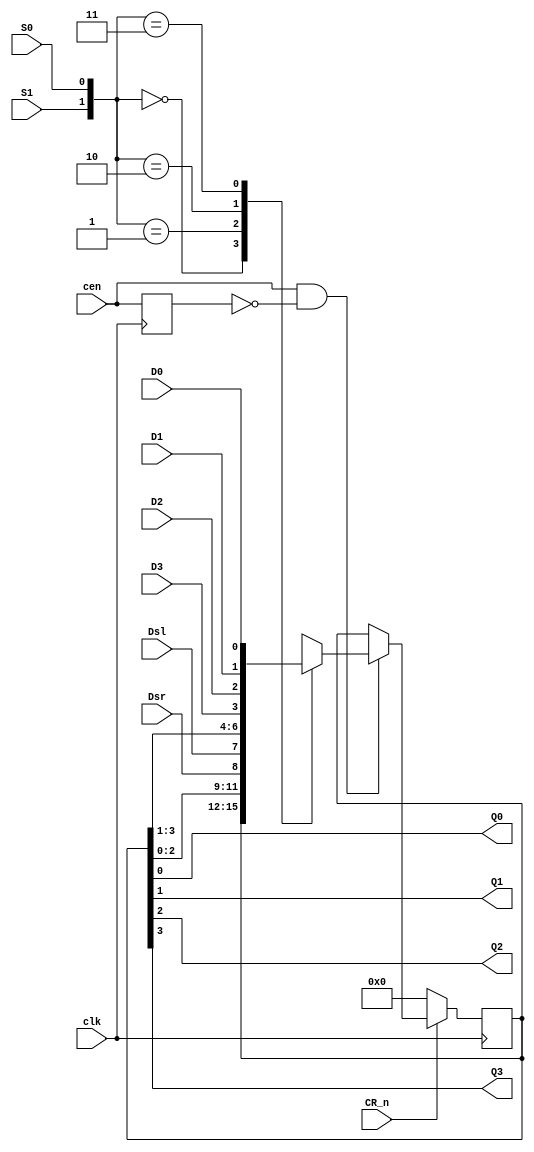
//ttl_74194.v
//4-Bit Bidirectional Universal Shift Register
//@RndMnkIII. 20/10/2022
`default_nettype none
`timescale 1ns/100ps

module ttl_74194_sync
(
  input wire clk,
  input wire cen, //CP
  input wire CR_n,
  input wire S0,S1,
  input wire Dsl,Dsr,
  input wire D0,D1,D2,D3,
  output wire Q0,Q1,Q2,Q3
);
 
	reg [3:0] q_reg;
	wire [1:0] s_reg;
	reg last_cen;

	initial q_reg = 4'h0;
    initial last_cen = 1'b1;

	assign s_reg={S1,S0};

	always @(posedge clk) begin
        last_cen <= cen;

		if (!CR_n) begin
			q_reg<=4'b0000;
		end else if (cen && !last_cen) begin  //detect rising edge of Cen
			case (s_reg)
				2'b00 :q_reg<=q_reg;
				2'b01 :q_reg<={q_reg[2:0],Dsr}; //Shift right
				2'b10 :q_reg<={Dsl,q_reg[3:1]}; //Shift left
				2'b11 :q_reg<={D3,D2,D1,D0};
				default:q_reg<=4'b0000;
			endcase
		end
	end
	
	assign  Q0=q_reg[0];
	assign  Q1=q_reg[1];
	assign  Q2=q_reg[2];
	assign  Q3=q_reg[3];
endmodule